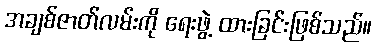
အချစ်ဇာတ်လမ်းကို ရေးဖွဲ့ ထားခြင်းဖြစ်သည်။